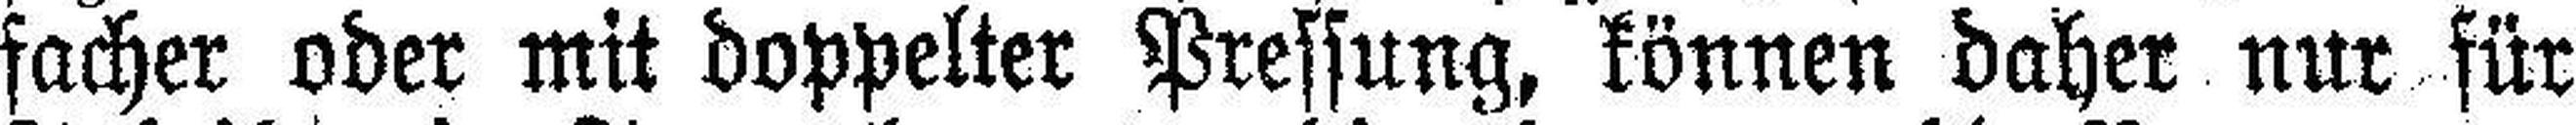
facher oder mit doppelter Pressung, können daher nur für